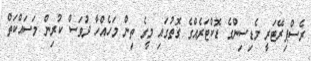
ރެސްޕިރޭޓަރީ މެޑިސިންގެ ޑޮކްޓަރެއްގެ ގޮތުގައި މީގެ ތިން މަހެއްހާ ދުވަސް ކުރިން މަސައްކަތް